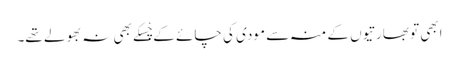
ابھی تو بھارتیوں کے منہ سے مودی کی چائے کے چْسکے بھی نہ بھولے تھے۔